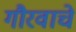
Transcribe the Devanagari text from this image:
गौरवाचे